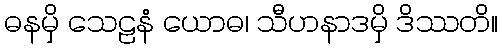
ဓနမှိ သေဠနံ ယောဓ၊ သီဟနာဒမှိ ဒိဿတိ။